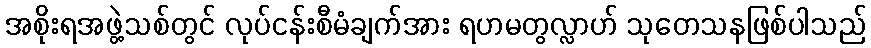
အစိုးရအဖွဲ့သစ်တွင် လုပ်ငန်းစီမံချက်အား ရဟမတွလ္လာဟ် သုတေသနဖြစ်ပါသည်